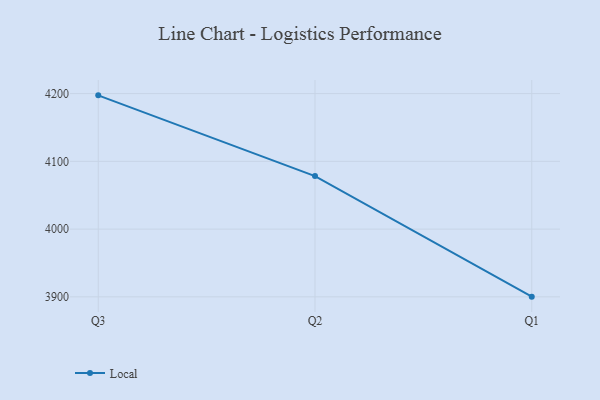
{"axis": {"x": "Quarter", "y": "Gross Profit (USD K)"}, "legend": ["Local"], "data": [{"x": "Q3", "y": 4197.4, "type": "Local"}, {"x": "Q2", "y": 4078.2, "type": "Local"}, {"x": "Q1", "y": 3900.3, "type": "Local"}]}